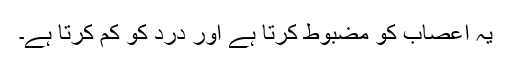
یہ اعصاب کو مضبوط کرتا ہے اور درد کو کم کرتا ہے۔